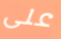
على